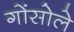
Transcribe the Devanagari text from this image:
गोंसोले